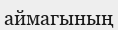
аймагының